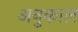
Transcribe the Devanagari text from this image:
अनुकाल